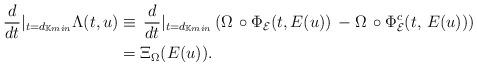
LaTeX: \begin{align*}\frac{d}{dt}\large|_{t=d_{\mathbb{K}min}}\Lambda (t,u)& \equiv \,\frac{d}{dt}\large|_{t=d_{\mathbb{K}min}}\left(\Omega\,\circ \Phi_\mathcal{E}(t, E (u))\,-\Omega\,\circ \Phi^c_\mathcal{E}(t,\, E (u))\right)\\& =\Xi_\Omega(E(u)).\end{align*}